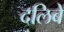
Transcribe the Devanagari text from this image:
दलिबे